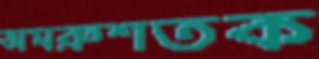
অমরুশতক